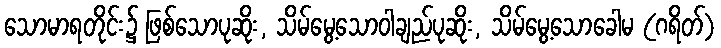
သောမာရတိုင်း၌ ဖြစ်သောပုဆိုး, သိမ်မွေ့သောဝါချည်ပုဆိုး, သိမ်မွေ့သောခေါမ (ဂရိတ်)